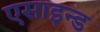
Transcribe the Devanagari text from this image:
एसाइन्ड